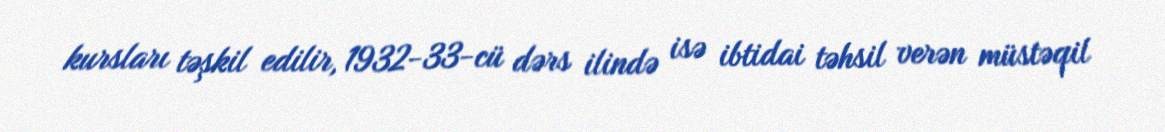
kursları təşkil edilir, 1932-33-cü dərs ilində isə ibtidai təhsil verən müstəqil